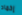
إخماد